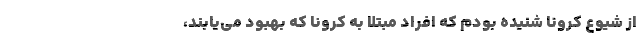
از شیوع کرونا شنیده بودم که افراد مبتلا به کرونا که بهبود می‌یابند،